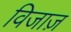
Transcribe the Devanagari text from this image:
विजाज़